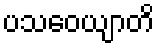
ပသဝေယျာတိ